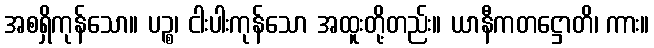
အစရှိကုန်သော။ ပဉ္စ၊ ငါးပါးကုန်သော အထူးတို့တည်း။ ယာနီကတဋ္ဌောတိ၊ ကား။